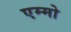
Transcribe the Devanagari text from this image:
एम्मो